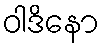
ဝါဒိနော